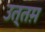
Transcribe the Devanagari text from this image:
उत्तम़